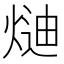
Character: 𭵍